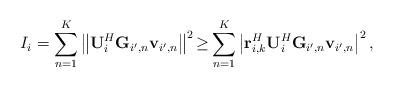
LaTeX: \begin{align*}I_{i}=\sum_{n=1}^{K}\left\Vert \mathbf{U}_{i}^{H}\mathbf{G}_{i',n}\mathbf{v}_{i',n}\right\Vert ^{2}{\geq}\sum_{n=1}^{K}\left|\mathbf{r}_{i,k}^{H}\mathbf{U}_{i}^{H}\mathbf{G}_{i',n}\mathbf{v}_{i',n}\right|^{2},\end{align*}